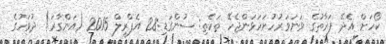
ކޯހަށް އެދޭ ފަރާތުގެ ވަނަވަރުހުށަހަޅަންޖެހޭ ތަކެތި: ސުންގަޑި:28 އެޕްރީލް 2015 (އަންގާރަ) ދުވަހުގެ